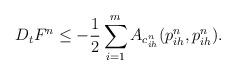
LaTeX: \begin{align*}D_tF^n&\leq - \frac{1}{2} \sum_{i=1}^m A_{c_{ih}^n}(p_{ih}^n, p_{ih}^n).\end{align*}